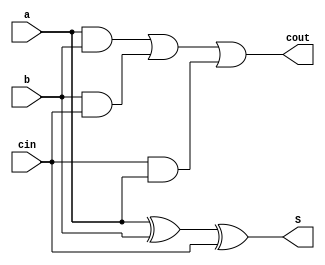
`timescale 1ns / 1ps
//////////////////////////////////////////////////////////////////////////////////
// Company: 
// Engineer: 
// 
// Design Name: 
// Module Name: CARRY_SELECT
// Project Name: 
// Target Devices: 
// Tool Versions: 
// Description: 
// 
// Dependencies: 
// 
// Revision:
// Revision 0.01 - File Created
// Additional Comments:
// 
//////////////////////////////////////////////////////////////////////////////////
module FULL_ADDER(
    input a,
    input b,
    input cin,
    output reg S,cout
    );
    always@(a or b or cin)
    begin
    S = a^b^cin;
    cout = a&b | b&cin | cin&a;
    end
    endmodule
    
    module mux(
    input a,b,
    input S,
    output reg y
    );
    always@(a,b,S)
    begin
    y = S&a | S&b;
    end
    endmodule
  
module CARRY_SELECT(
    input [3:0] x,
    input [3:0] y,
    input carry,
    output [3:0] s,
    output cout
    );
    wire w1,w2,w3,w4,w5,w6,w7,w8,w9,w10,w11,w12,w13,w14,w15,w16;
    FULL_ADDER fa0(x[0],y[0],1'b0,w1,w2);
    FULL_ADDER fa1(x[1],y[1],w2,w3,w4);
    FULL_ADDER fa2(x[2],y[2],w4,w5,w6);
    FULL_ADDER fa3(x[3],y[3],w6,w7,w8);
    FULL_ADDER fa4(x[0],y[0],1'b1,w9,w10);
    FULL_ADDER fa5(x[1],y[1],w10,w11,w12);
    FULL_ADDER fa6(x[2],y[2],w12,w13,w14);
    FULL_ADDER fa7(x[3],y[3],w14,w15,w16);
    mux mu0(w1,w9,carry,s[0]);
    mux mu1(w3,w11,carry,s[1]);
    mux mu2(w5,w13,carry,s[2]);
    mux mu3(w7,w15,carry,s[3]);
    mux mu4(w8,w16,carry,cout);
endmodule

module testbench;
reg [3:0]x,y;
reg carry;
wire [3:0] s;

    CARRY_SELECT dut(x,y,carry,s);
    initial
    begin
    $monitor("x=%b y=%b carry=%b s=%b",x,y,carry,s);
     carry = 1;
     carry = ~carry;
    #100 x[0]=0; x[1]=1; x[2]=1; x[3]=0;
         y[0]=1; y[1]=0; y[2]=1; y[3]=1;
    #200 x[0]=1; x[1]=0; x[2]=1; x[3]=0;
         y[0]=1; y[1]=1; y[2]=0; y[3]=1;
    #300 x[0]=0; x[1]=1; x[2]=0; x[3]=0;
         y[0]=1; y[1]=1; y[2]=0; y[3]=1;
         end
         endmodule